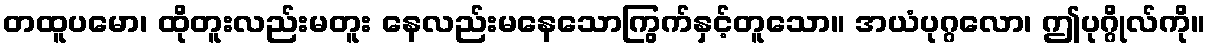
တထူပမော၊ ထိုတူးလည်းမတူး နေလည်းမနေသောကြွက်နှင့်တူသော။ အယံပုဂ္ဂလော၊ ဤပုဂ္ဂိုလ်ကို။